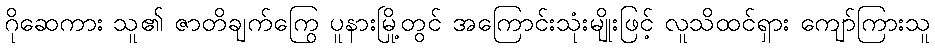
ဂိုဆေကား သူ၏ ဇာတိချက်ကြွေ ပူနားမြို့တွင် အကြောင်းသုံးမျိုးဖြင့် လူသိထင်ရှား ကျော်ကြားသူ